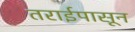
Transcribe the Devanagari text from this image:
तराईपासून